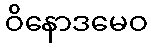
ဝိနောဒမေဝ